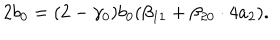
2 b _ { 0 } = ( 2 - \gamma _ { 0 } ) b _ { 0 } ( \beta _ { 1 1 } + \beta _ { 2 0 } \cdot 4 a _ { 2 } ) .